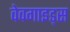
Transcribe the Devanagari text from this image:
वेवगाइड्स